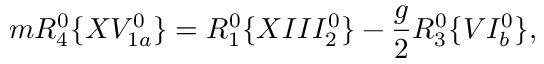
m R _ { 4 } ^ { 0 } \{ X V _ { 1 a } ^ { 0 } \} = R _ { 1 } ^ { 0 } \{ X I I I _ { 2 } ^ { 0 } \} - \frac { g } { 2 } R _ { 3 } ^ { 0 } \{ V I _ { b } ^ { 0 } \} ,